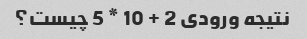
نتیجه ورودی 2 + 10 * 5 چیست؟